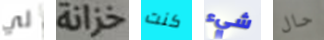
لي خزانة كنت شيء حال